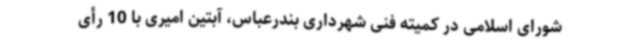
شورای اسلامی در کمیته فنی شهرداری بندرعباس، آبتین امیری با 10 رأی